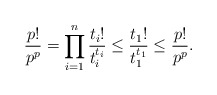
\begin{align*}\frac{p!}{p^p} = \prod_{i = 1}^n\frac{t_i!}{t_i^{t_i}} \leq \frac{t_1!}{t_1^{t_1 }} \leq \frac{p!}{p^p}.\end{align*}